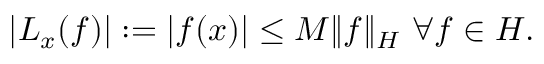
| L _ { x } ( f ) | : = | f ( x ) | \leq M \| f \| _ { H } { \mathrm { ~ } } \forall f \in H .